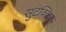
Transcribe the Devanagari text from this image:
सुटक्लिफ